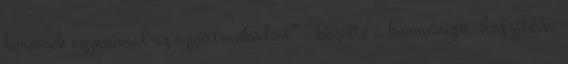
keressék egymással az együttműködést” – közölte a kormányfő, hozzátéve,